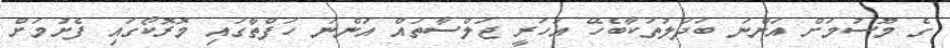
ގެ މޫސުމަށް އަންނަ ބަދަލުތަކާބެހޭ އަހަރީ ޖަލްސާތައް އަންނަ ހަފްތާގައި މޮރޮކޯގައި ފެށުމަށް